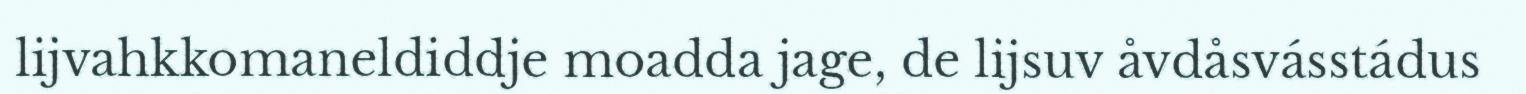
lijvahkkomaneldiddje moadda jage, de lijsuv åvdåsvásstádus